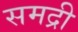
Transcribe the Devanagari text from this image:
समद्री